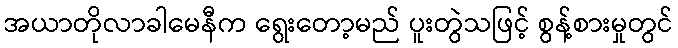
အယာတိုလာခါမေနီက ရွေးတော့မည် ပူးတွဲသဖြင့် စွန့်စားမှုတွင်